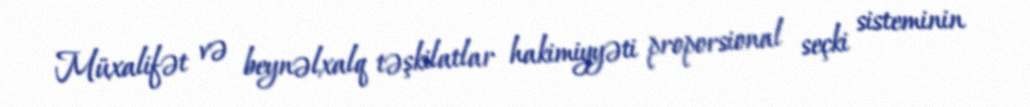
Müxalifət və beynəlxalq təşkilatlar hakimiyyəti proporsional seçki sisteminin